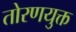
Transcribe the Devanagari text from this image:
तोरणयुक्त